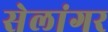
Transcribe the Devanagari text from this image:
सेलांगर